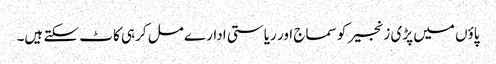
پاؤں میں پڑی زنجیر کو سماج اور ریاستی ادارے مل کرہی کاٹ سکتے ہیں۔